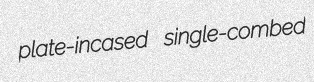
plate-incased single-combed